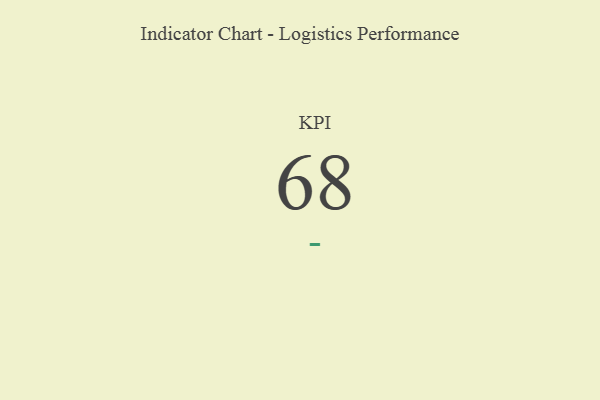
{"axis": {"x": "KPI", "y": "Value"}, "legend": [""], "data": [{"x": "KPI", "y": 68, "type": ""}]}